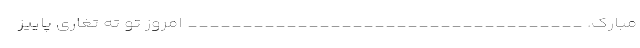
مبارک. ____________________________________ امروز تو ته تغاری پاییز